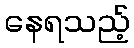
နေရသည့်